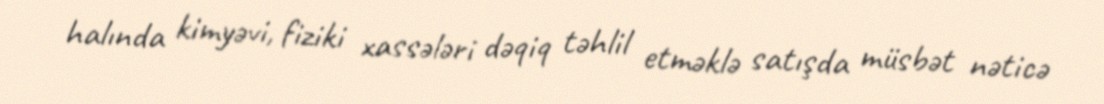
halında kimyəvi, fiziki xassələri dəqiq təhlil etməklə satışda müsbət nəticə